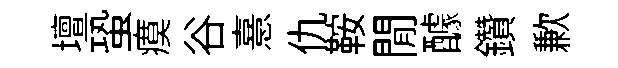
壇蛩瘼谷憙仇鞍閒醵鑽歉